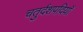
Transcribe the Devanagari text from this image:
चतुर्दशपदियाँ